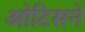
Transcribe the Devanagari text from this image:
ओटिसने